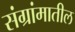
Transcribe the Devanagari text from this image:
संग्रांमातील